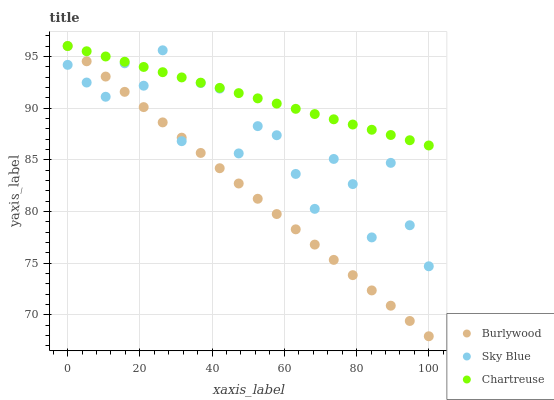
| xaxis_label | Burlywood | Sky Blue | Chartreuse |
 | --- | --- | --- | --- |
 | 0 | 96 | 94.2 | 96 |
 | 5.26 | 94.5 | 92.5 | 95.5 |
 | 10.5 | 93 | 91.1 | 95 |
 | 15.8 | 91.6 | 94.3 | 94.5 |
 | 21.1 | 90.1 | 92.2 | 94 |
 | 26.3 | 88.6 | 95.6 | 93.5 |
 | 31.6 | 87.1 | 86.8 | 93 |
 | 36.8 | 85.7 | 92.4 | 92.5 |
 | 42.1 | 84.2 | 91.9 | 91.9 |
 | 47.4 | 82.7 | 85.6 | 91.4 |
 | 52.6 | 81.2 | 88.2 | 90.9 |
 | 57.9 | 79.7 | 87.4 | 90.4 |
 | 63.2 | 78.3 | 83.6 | 89.9 |
 | 68.4 | 76.8 | 80.2 | 89.4 |
 | 73.7 | 75.3 | 85.1 | 88.9 |
 | 78.9 | 73.8 | 82.6 | 88.4 |
 | 84.2 | 72.3 | 77.5 | 87.9 |
 | 89.5 | 70.9 | 84.7 | 87.4 |
 | 94.7 | 69.4 | 78.7 | 86.9 |
 | 100 | 67.9 | 74.7 | 86.4 |